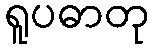
ရူပဓာတု